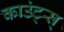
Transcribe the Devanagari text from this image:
काउंट्स्